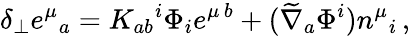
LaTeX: \delta_{\perp}e^{\mu}{}_{a}=K_{ab}{}^{i}\Phi_{i}e^{\mu\, b}+(\widetilde\nabla_{a}\Phi^{i})n^{\mu}{}_{i}\, ,